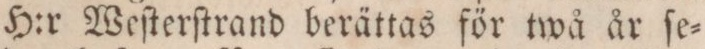
H:r Weſterſtrand berättas för twå år ſe=